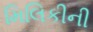
મિલિકીની